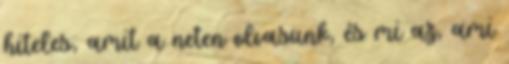
hiteles, amit a neten olvasunk, és mi az, ami